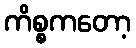
ကိစ္စကတော့